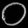
Digit: ၀